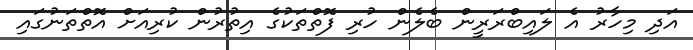
އަދި މިހާރު އެ ލައިބްރަރީން ބެލެން ހުރި ފޮތްތަކުގެ އިތުރުން ކުރިއަށް އޮތްތަނުގައި